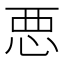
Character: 𢙣